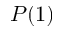
P ( 1 )